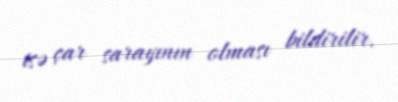
isə çar sarayının olması bildirilir.